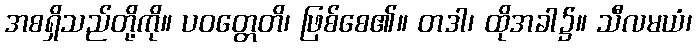
အစရှိသည်တို့ကို။ ပဝတ္တေတိ၊ ဖြစ်စေ၏။ တဒါ၊ ထိုအခါ၌။ သီလမယံ၊